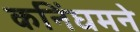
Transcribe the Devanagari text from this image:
कनिंघमने